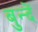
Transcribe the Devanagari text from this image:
बुन्दें